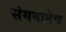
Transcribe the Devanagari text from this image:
संगमानेच